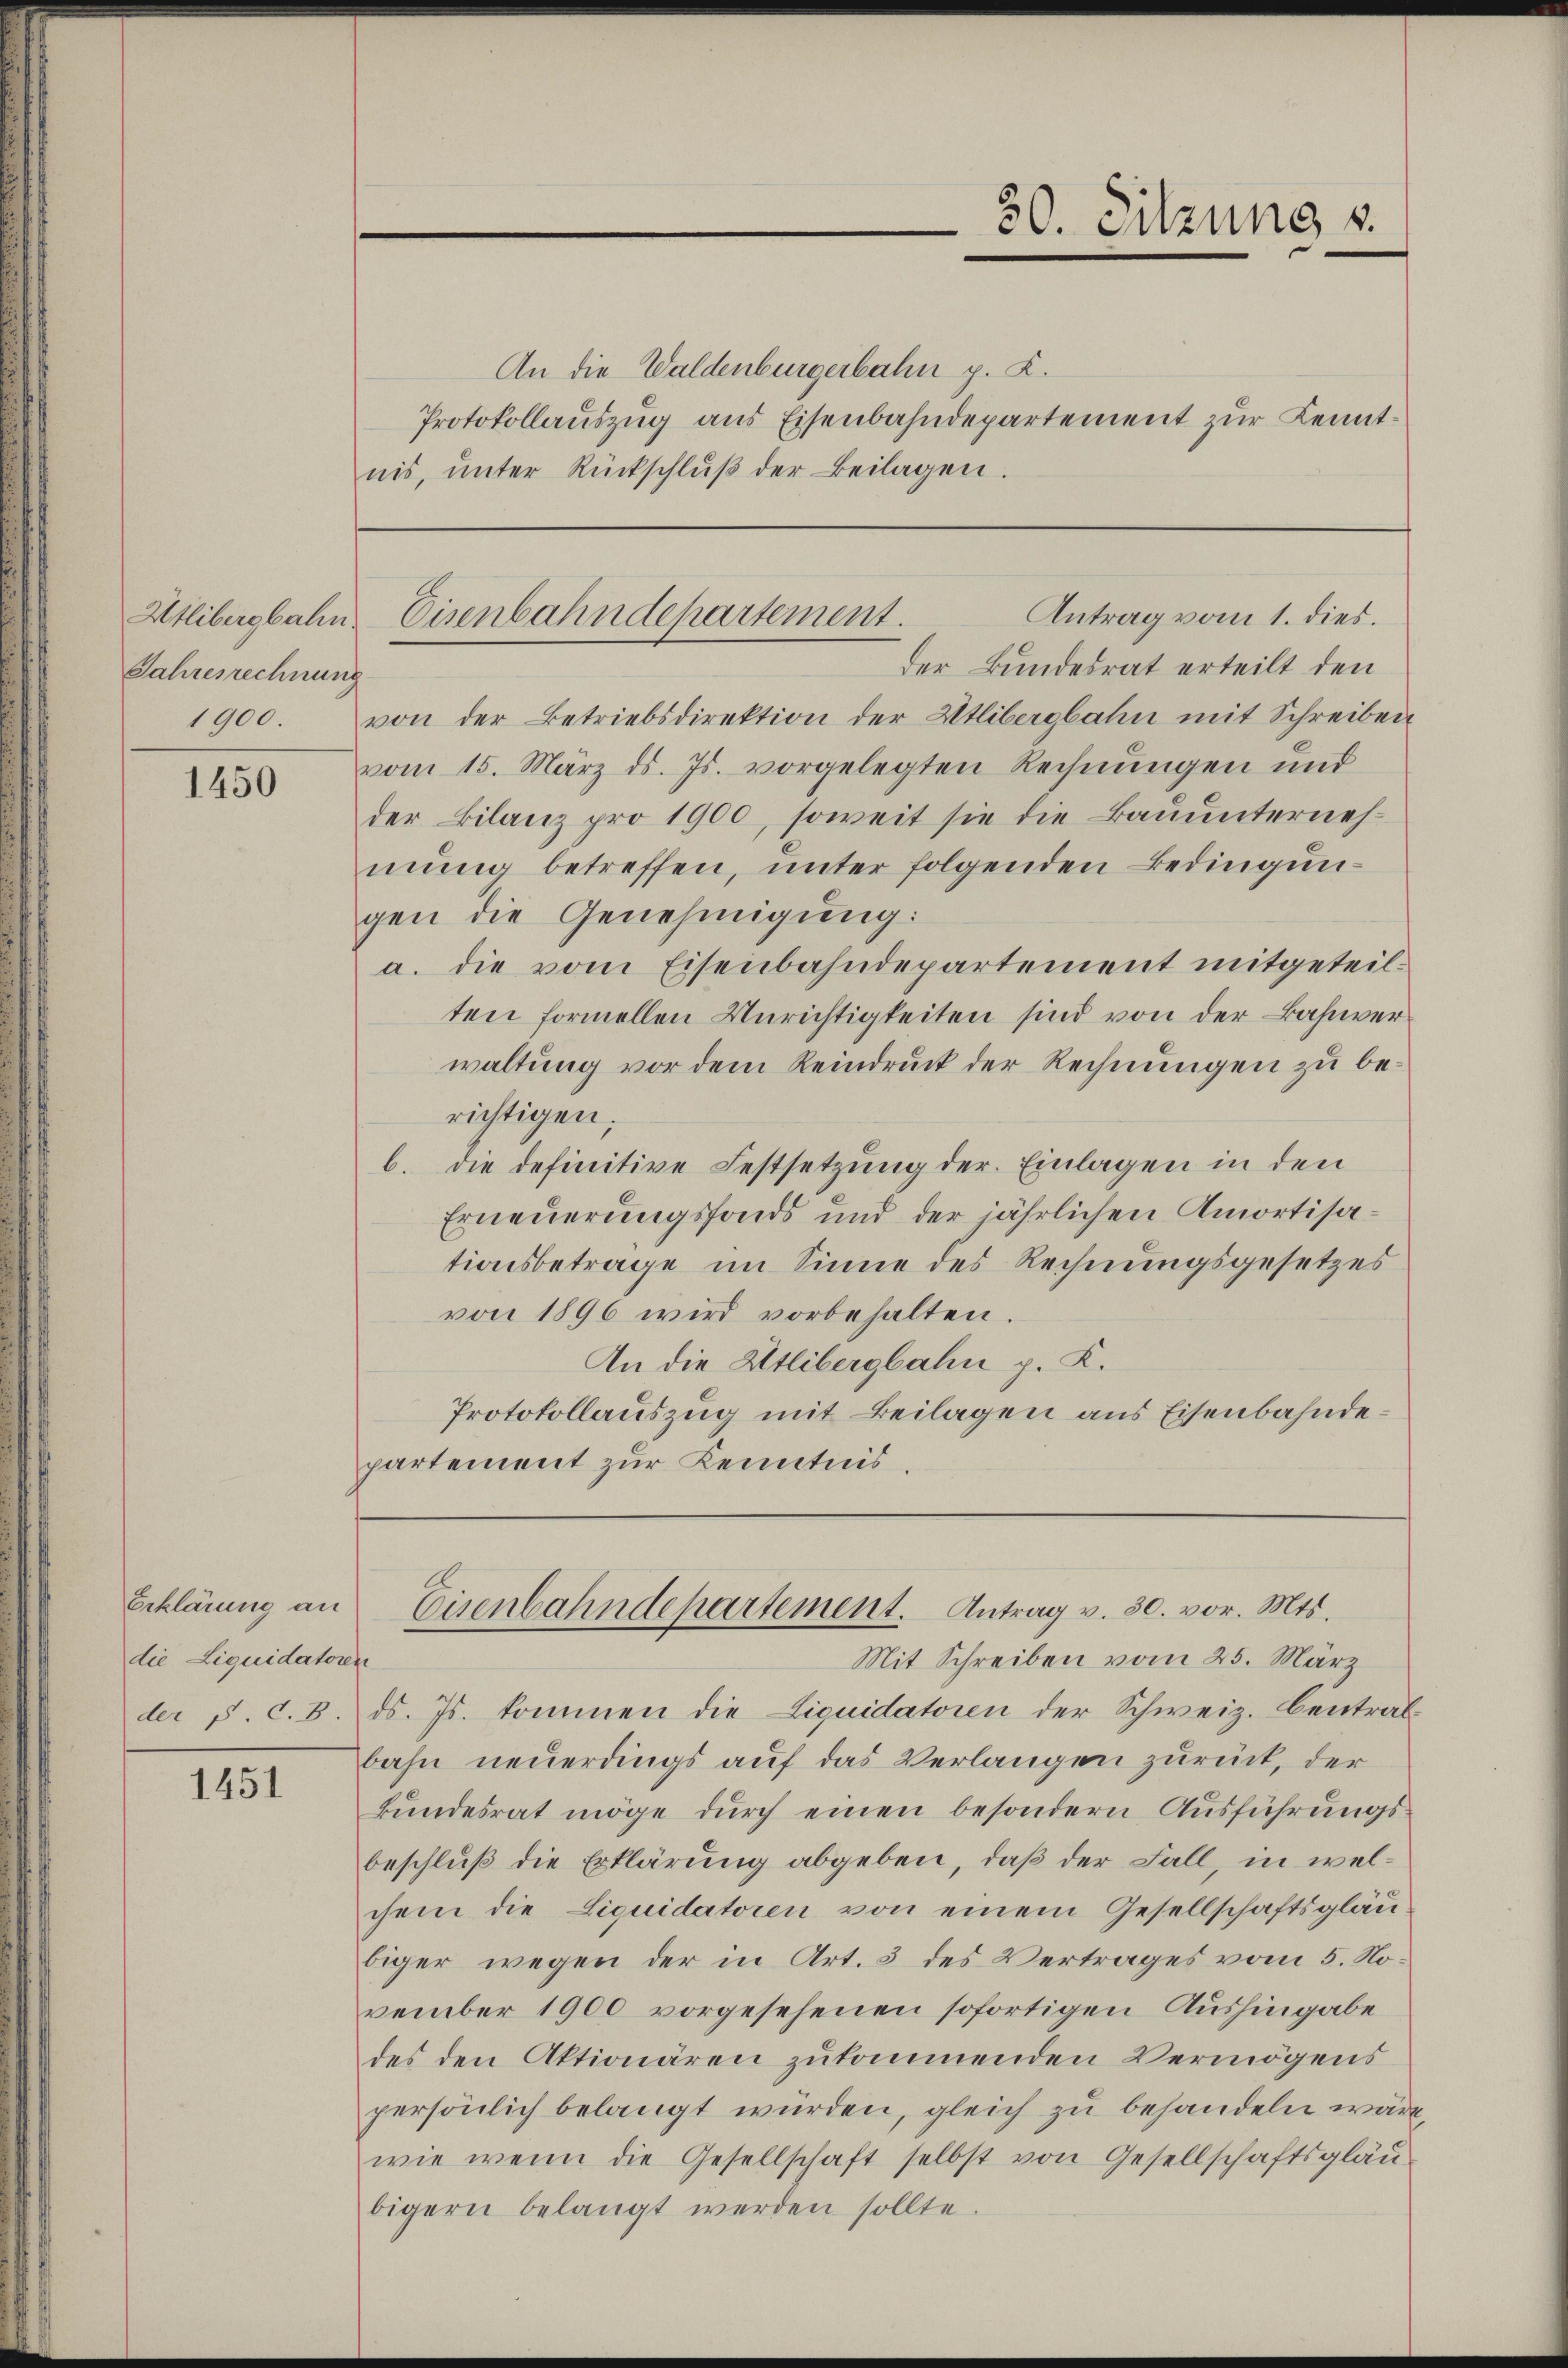
Jahresrechnung

1450

Erklärung an
die Liquidatoren

1451

An die Waldenburgerbahn p. 2.
nis, ŭnter Rückschlŭβ der Beilagen.

der Bundesrat erteilt den
1900. von der Betriebsdirektion der Utlibergbahn mit Schreiben
vom 15. März d. Js. vorgelegten Rechnungen und
der Bilanz pro 1900, soweit sie die Bauunternehmŭng betreffen, unter folgenden Bedingungen die Genehmigung:
a. die vom Eisenbahndepartement mitgeteilten formellen Unrichtigkeiten sind von der Bahnverwaltung vor dem Reindruck der Rechnungen zu berichtigen.
b. die definitive Festsetzung der Einlagen in den
Erneuerungsfonds und der jährlichen Amortisationsbeträge im Sinne des Rechnungsgesetzes
von 1896 wird vorbehalten.
An die Utlibergbahn p. K.
Protokollauszug mit Beilagen aus Eisenbahndepartement zur Kenntnis.

Mit Schreiben vom 25. März
der p. C. 8. ds. Js. kommen die Liquidatoren der Schweiz. Centralbahn neuerdings auf das Verlangen zurück, der
bŭndesrat möge dŭrch einen besondern Ausführungs-
beschluß die Erklärung abgeben, daß der Fall, in welchem die Liquidatoren von einem Gesellschaftsgläu-
biger wegen der in Art. 3 des Vertrages vom 5. November 1900 vorgesehenen sofortigen Aushingabe
des den Aktionären zukommenden Vermögens
persönlich belangt würden, gleich zu behandeln wäre,
wie wenn die Gesellschaft selbst von Gesellschaftsgläu-
bigern belangt werden sollte.

30. Sitzung v.
Protokollauszug aus Eisenbahndepartement zur Kennt¬

Antrag vom 1. dies.
Atlibergbahn Eisenbahndepartement.

Eisenbahndepartement. Antrag v. 30. vor. Mts.